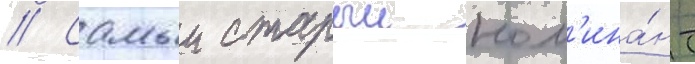
// Самыи старыи ном'ина́нт